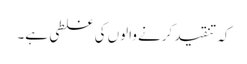
کہ تنقید کرنے والوں کی غلطی ہے۔